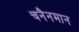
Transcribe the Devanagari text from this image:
चनैनमान